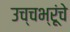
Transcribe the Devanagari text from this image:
उच्चभ्रूंचे